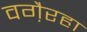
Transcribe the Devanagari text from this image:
वगै़रहा